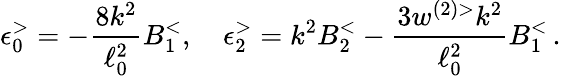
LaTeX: \epsilon_{0}^{>}=-\frac{8k^{2}}{\ell_{0}^{2}}B_{1}^{<},\quad\epsilon_{2}^{>}=k^{2}B_{2}^{<}-\frac{3w^{(2)>}k^{2}}{\ell_{0}^{2}}B_{1}^{<}\, .